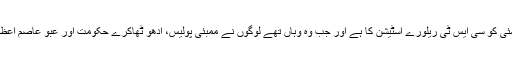
انہوں نے کہا، ’’یہ ویڈیو 14 مئی کو سی ایس ٹی ریلورے اسٹیشن کا ہے اور جب وہ وہاں تھے لوگوں نے ممبئی پولیس، ادھو ٹھاکرے حکومت اور عبو عاصم اعظمی زندہ باد کے نعرے لگائے۔